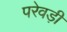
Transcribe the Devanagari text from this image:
परेवड़ी